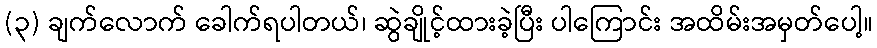
(၃) ချက်လောက် ခေါက်ရပါတယ်၊ ဆွဲချိုင့်ထားခဲ့ပြီး ပါကြောင်း အထိမ်းအမှတ်ပေါ့။